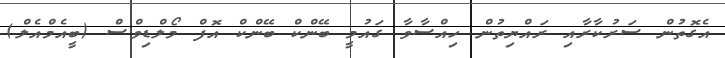
އެގޮތުން ސަރުކާރާއި ރައްޔިތުން ހިއްސާވާ ގައުމީ ބޭންކް ބޭންކް އޮފް މޯލްޑިވްސް (ބީއެމްއެލް)